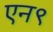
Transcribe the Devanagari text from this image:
एन९